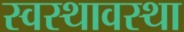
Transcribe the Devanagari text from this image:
स्वस्थावस्था